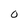
Character: O